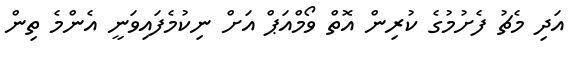
އަދި މެޗު ފެށުމުގެ ކުރިން އޮތް ވޯމްއަޕް އަށް ނިކުމެފައިވަނީ އެންމެ ތިން